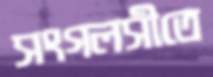
সংগলসীতে